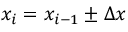
x _ { i } = x _ { i - 1 } \pm \Delta x